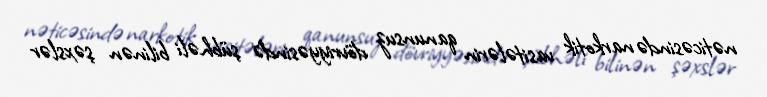
nəticəsində narkotik vasitələrin qanunsuz dövriyyəsində şübhəli bilinən şəxslər